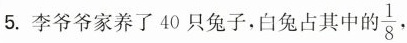
5.李爷爷家养了40只兔子，白兔占其中的\frac{1}{8}，